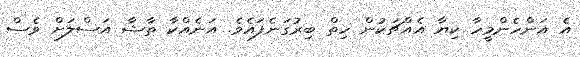
އެ އަންހެންމީހާ ކިޔާ އެއްޗަކުން ހިތް ބިރުގަނެފައެވެ. އަނެއްކާ ތާޝާ އަސްލަށް ވެސް